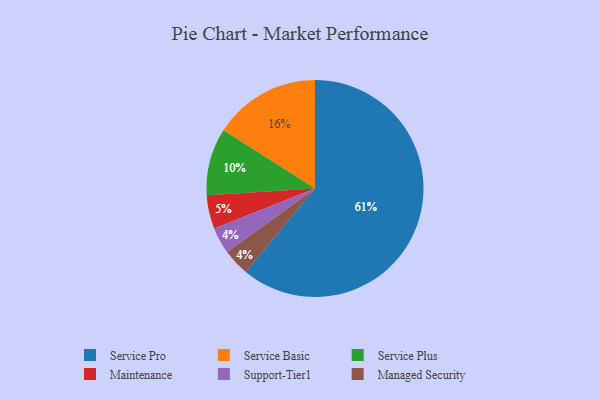
{"axis": {"x": "Category", "y": "Percentage"}, "legend": ["Maintenance", "Managed Security", "Service Basic", "Service Plus", "Service Pro", "Support-Tier1"], "data": [{"x": "Service Plus", "y": 10, "type": "Service Plus"}, {"x": "Service Pro", "y": 61, "type": "Service Pro"}, {"x": "Support-Tier1", "y": 4, "type": "Support-Tier1"}, {"x": "Managed Security", "y": 4, "type": "Managed Security"}, {"x": "Maintenance", "y": 5, "type": "Maintenance"}, {"x": "Service Basic", "y": 16, "type": "Service Basic"}]}